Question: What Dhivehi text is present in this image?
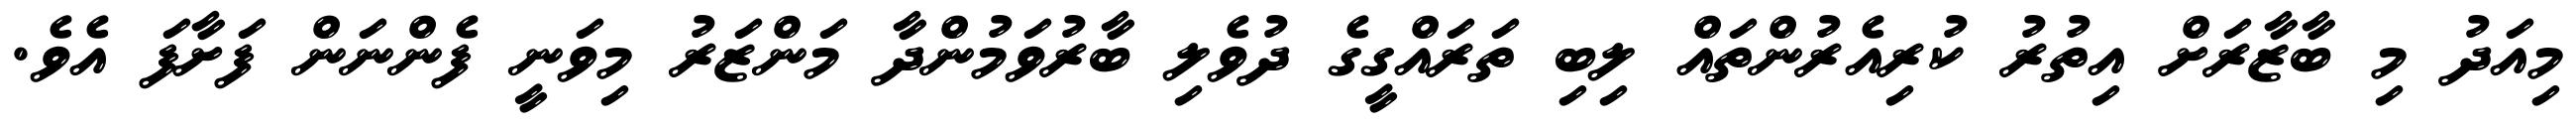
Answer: މިއަދު މި ބާޒާރަށް އިތުރު ކުރިއެރުންތައް ލިބި ތަރައްގީގެ ދުވެލި ބާރުވަމުންދާ މަންޒަރު މިވަނީ ފެންނަން ފަށާފަ އެވެ.